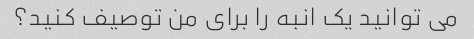
می توانید یک انبه را برای من توصیف کنید؟